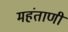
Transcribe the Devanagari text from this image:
महंताणी